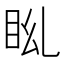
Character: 𥄩